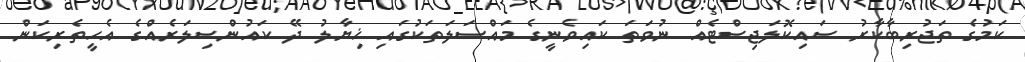
ކަމުގެ ތަޖުރިބާކާރު ސައިކޮލަޖިސްޓެއް ނުވަތަ ކައިވެނީގެ މައްސަލަތަކުގައި ޚިޔާލު ދޭ ކައުންސިލަރެއްގެ އެހީތެރިކަން